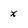
Character: x